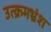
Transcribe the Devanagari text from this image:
उत्क्रमभ्रंश